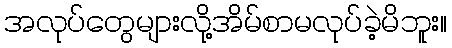
အလုပ်တွေများလို့အိမ်စာမလုပ်ခဲ့မိဘူး။